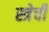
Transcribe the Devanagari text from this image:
स्त्रेची